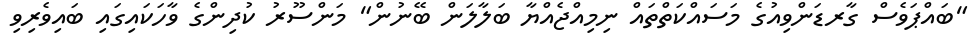
"ބައްޕަވެސް ގާރޑަންވިއުގެ މަސައްކަތްތައް ނިމިއްޖެއްޔާ ބަލާލަން ބޭނުން" މަންސޫރު ކުދިންގެ ވާހަކައިގައި ބައިވެރިވި